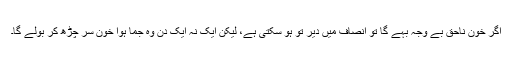
اگر خون ناحق بے وجہ بہِے گا تو انصاف میں دیر تو ہو سکتی ہے، لیکن ایک نہ ایک دن وہ جما ہوا خون سر چڑھ کر بولے گا۔